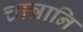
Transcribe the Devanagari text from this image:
चान्नानि